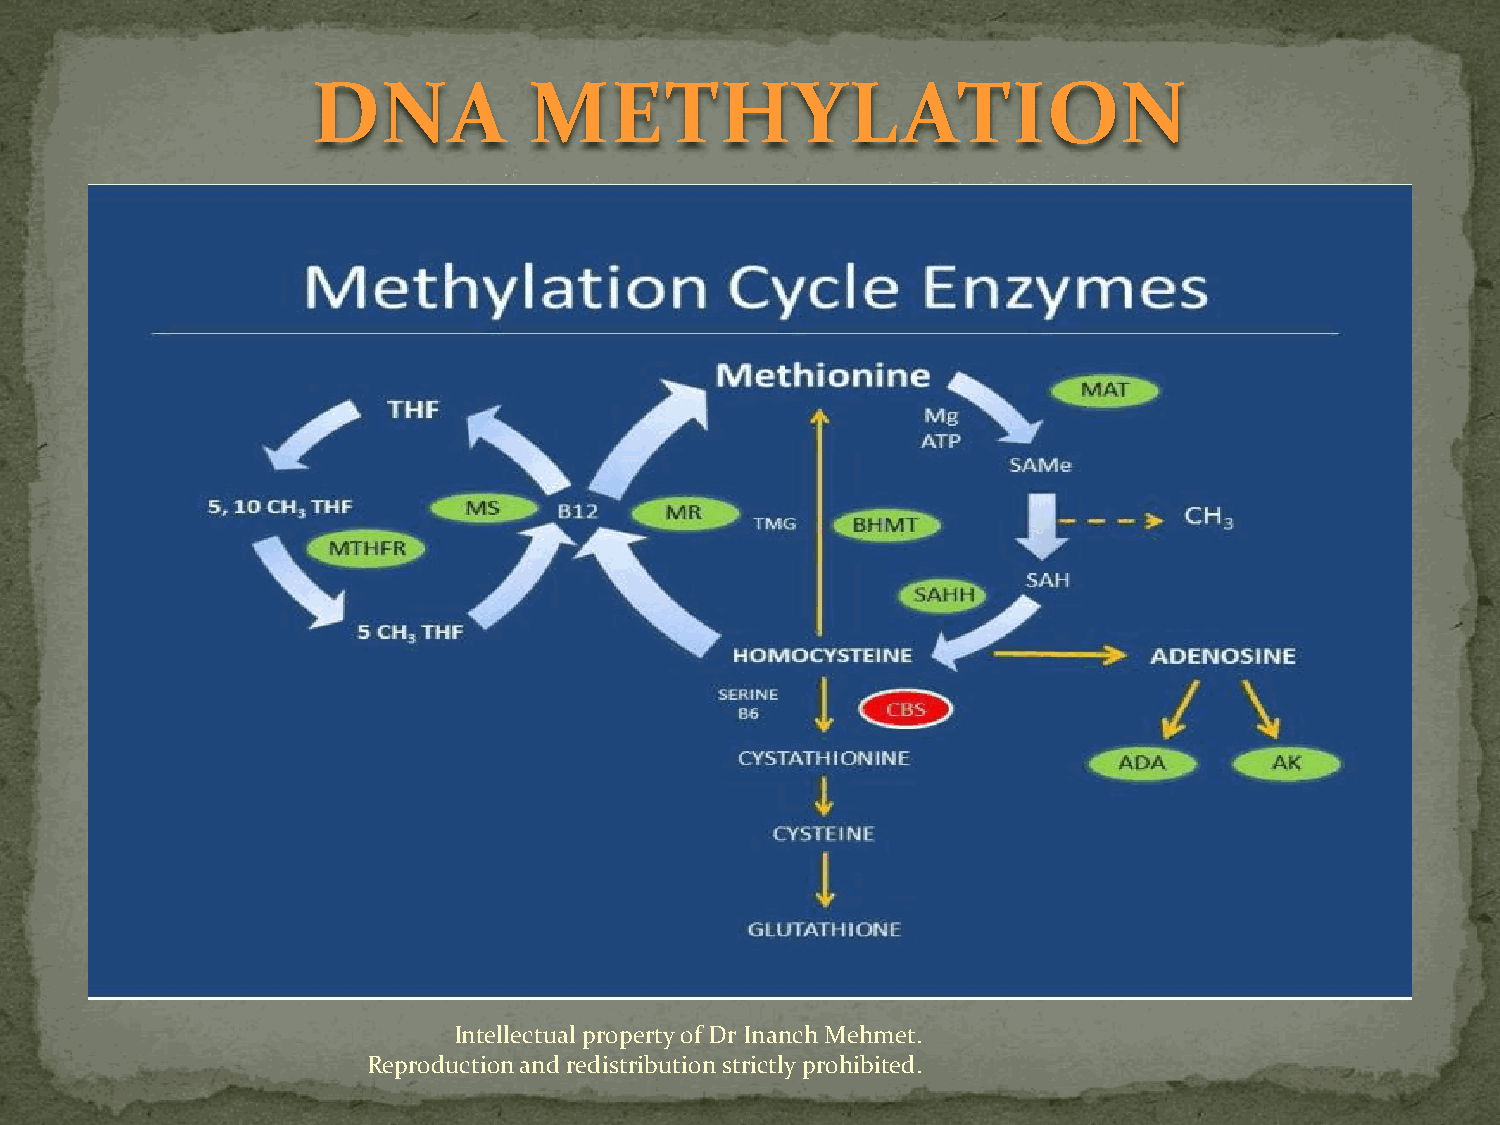
DNA           METHYLATION
 Intellectual property of Dr Inanch Mehmet.
 Reproduction and redistribution strictly prohibited.